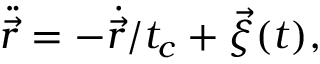
\ddot { \vec { r } } = - \dot { \vec { r } } / t _ { c } + \vec { \xi } ( t ) ,